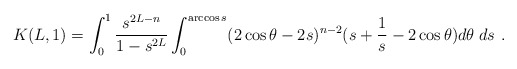
\begin{align*} K(L,1)=\int_0^1\frac{s^{2L-n}}{1-s^{2L}}\int_0^{\arccos s} (2\cos\theta-2s)^{n-2} (s+\frac 1s-2\cos\theta)d\theta\; ds\ .\end{align*}